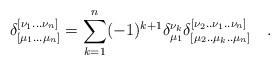
LaTeX: \begin{align*}\delta^{[\nu_1...\nu_n]}_{[\mu_1...\mu_n]}=\sum_{k=1}^{n}(-1)^{k+1}\delta ^{\nu_k}_{\mu_1}\delta^{[\nu_2..\nu_1..\nu_n]}_{[\mu_2..\mu_k..\mu_n]}~~~.\end{align*}